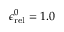
\epsilon _ { \mathrm { r e l } } ^ { 0 } = 1 . 0